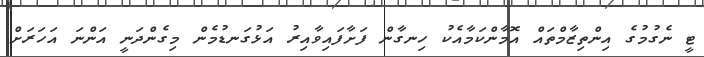
ޓީ ނެގުމުގެ އިންތިޒާމްތައް އޮމާންކަމާއެކު ހިނގާން ފަށާފައިވާއިރު އަޅުގަނޑުމެން މިގެންދަނީ އަންނަ އަހަރަށް